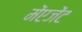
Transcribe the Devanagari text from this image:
मेंएजेंट